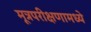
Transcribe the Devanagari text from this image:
मूत्रपरीक्षणामध्ये